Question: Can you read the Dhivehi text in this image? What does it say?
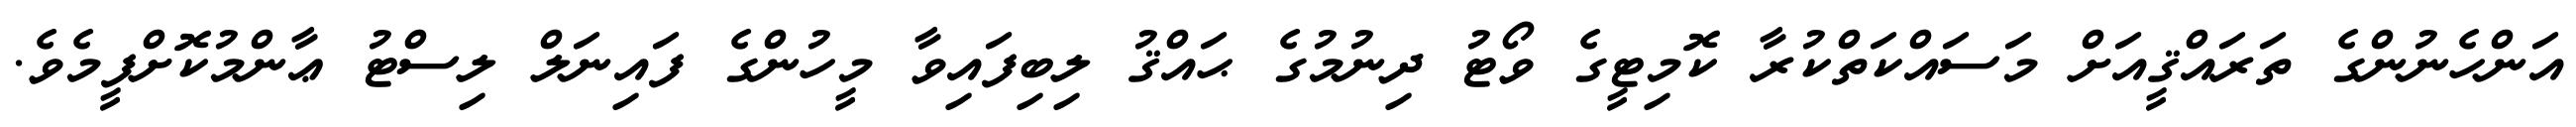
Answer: އަންހެނުންގެ ތަރައްޤީއަށް މަސައްކަތްކުރާ ކޮމިޓީގެ ވޯޓު ދިނުމުގެ ޙައްޤު ލިބިފައިވާ މީހުންގެ ފައިނަލް ލިސްޓު ޢާންމުކޮށްފީމެވެ.